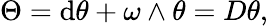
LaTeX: \Theta=\mathrm{d}\theta+\omega\wedge\theta=D\theta,